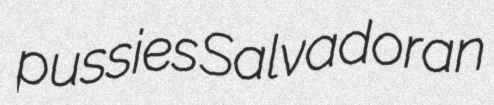
pussies Salvadoran